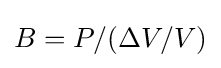
B=P/(\Delta V/V)